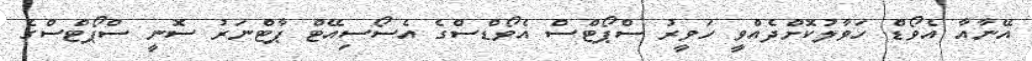
އޭނާއާ އެވޯޑް ހަވާލުކޮށްދެއްވީ ހަވީރު ސްޕޯޓްސް އެވޯޑްސްގެ އެސޯސިއޭޓް ޕާޓްނަރު ސޮނީ ސްޕޯޓްސްގެ